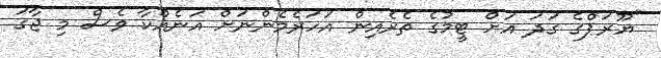
"ޔޫރަޕްގެ ގަދަ އަށް ޓީމުގެ ތެރެއިން އަހަރެމެންނަށް އަނެއްކާ ވެސް މި ޖާގަ